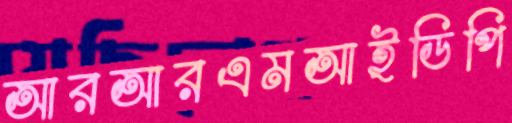
আরআরএমআইডিপি